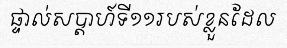
ផ្ទាល់សប្តាហ៍ទី១១របស់ខ្លួនដែល